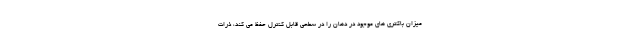
میزان باکتری های موجود در دهان را در سطحی قابل کنترل حفظ می کند، ذرات